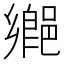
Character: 𨝅